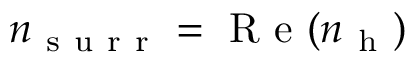
n _ { \mathrm { ~ s ~ u ~ r ~ r ~ } } = \mathrm { ~ R ~ e ~ } ( n _ { \mathrm { ~ h ~ } } )